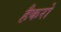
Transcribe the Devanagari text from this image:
हैकरो